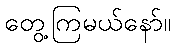
တွေ့ကြမယ်နော်။